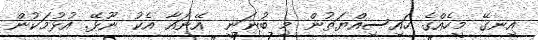
އިނގޭ މީހެއްގެ ހައިސިއްޔަތުން މި ބުނަނީ  އޭނައާ އެކު ނޫޅޭ. އުޅުމަކުން